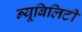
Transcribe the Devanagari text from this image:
न्यूबिलिटी